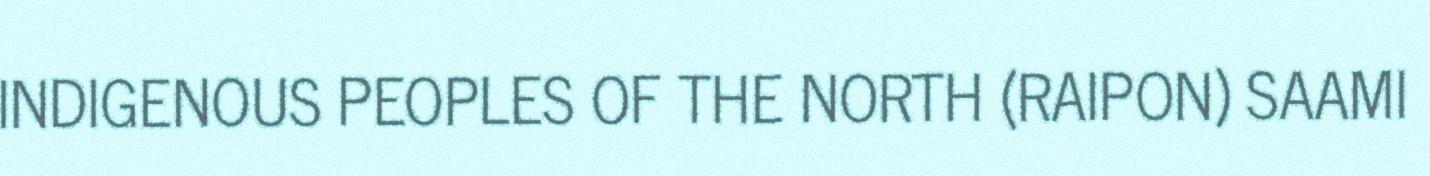
INDIGENOUS PEOPLES OF THE NORTH (RAIPON) SAAMI